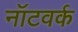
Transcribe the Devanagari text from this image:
नॉटवर्क